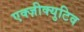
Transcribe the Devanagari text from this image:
एक्ज़ीक्युटिव